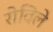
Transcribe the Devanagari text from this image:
रोविले